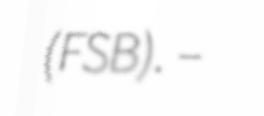
(FSB). –